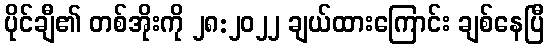
ပိုင်ချီ၏ တစ်အိုးကို ၂၈:၂၀၂၂ ချယ်ထားကြောင်း ချစ်နေပြီ